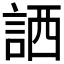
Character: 𧧍